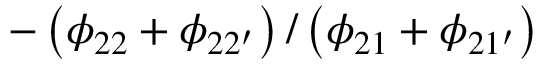
- \left( \phi _ { 2 2 } + \phi _ { 2 2 ^ { \prime } } \right) / \left( \phi _ { 2 1 } + \phi _ { 2 1 ^ { \prime } } \right)